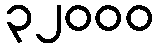
၃၂၀၀၀